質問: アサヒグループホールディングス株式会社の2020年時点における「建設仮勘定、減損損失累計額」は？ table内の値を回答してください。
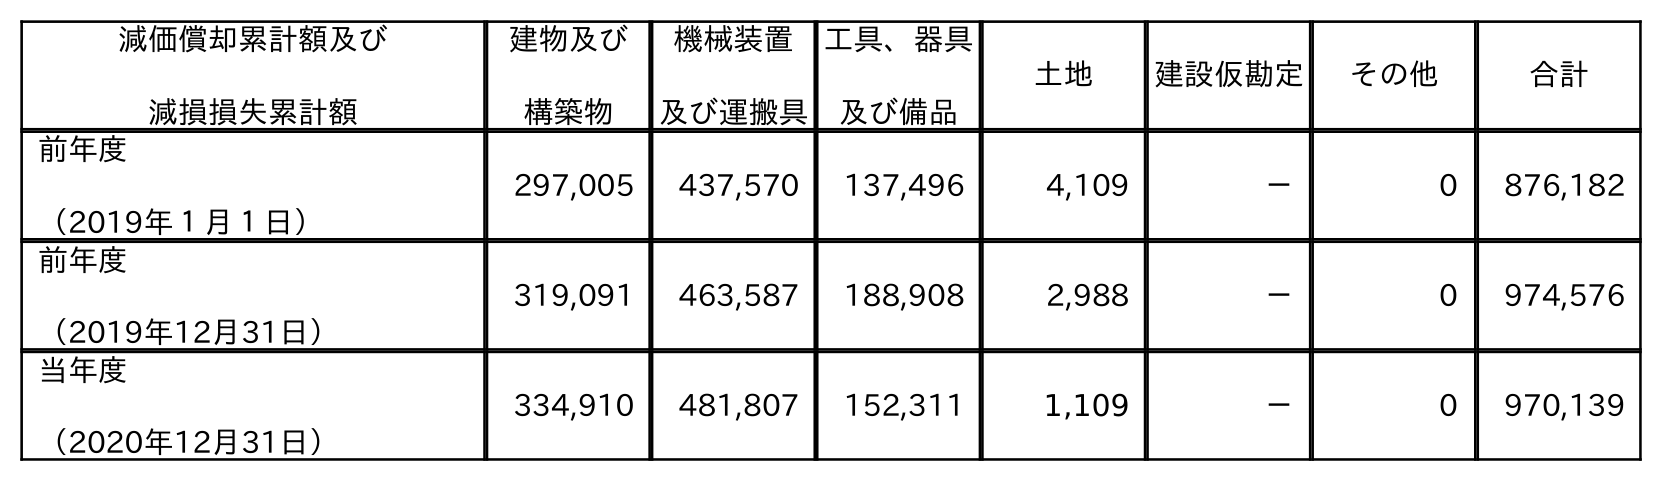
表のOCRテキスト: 減価償却累計額及び 減損損失累計額 建物及び 構築物 機械装置 及び運搬具 工具、器具 及び備品 土地 建設仮勘定 その他 合計 前年度 （2019年１月１日） 297,005 437,570 137,496 4,109 － 0 876,182 前年度 （2019年12月31日） 319,091 463,587 188,908 2,988 － 0 974,576 当年度 （2020年12月31日） 334,910 481,807 152,311 1,109 － 0 970,139
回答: －